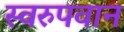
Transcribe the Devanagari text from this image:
स्वरुपवान